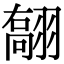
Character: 𦑽